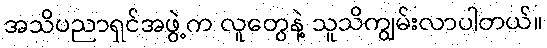
အသိပညာရှင်အဖွဲ့က လူတွေနဲ့ သူသိကျွမ်းလာပါတယ်။